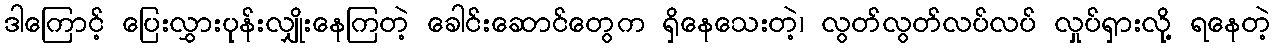
ဒါကြောင့် ပြေးလွှားပုန်းလျှိုးနေကြတဲ့ ခေါင်းဆောင်တွေက ရှိနေသေးတဲ့၊ လွတ်လွတ်လပ်လပ် လှုပ်ရှားလို့ ရနေတဲ့